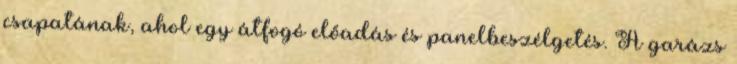
csapatának, ahol egy átfogó előadás és panelbeszélgetés. A garázs